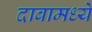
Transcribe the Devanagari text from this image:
दाबामध्ये